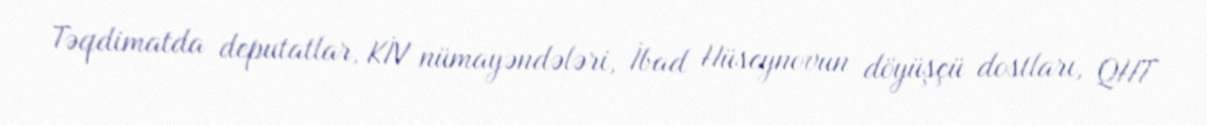
Təqdimatda deputatlar, KİV nümayəndələri, İbad Hüseynovun döyüşçü dostları, QHT